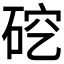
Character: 𪿜